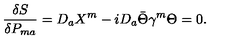
{ \frac { \delta S } { \delta P _ { m a } } } = D _ { a } X ^ { m } - i D _ { a } \bar { \Theta } \gamma ^ { m } \Theta = 0 .